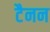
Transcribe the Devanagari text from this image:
टैनन